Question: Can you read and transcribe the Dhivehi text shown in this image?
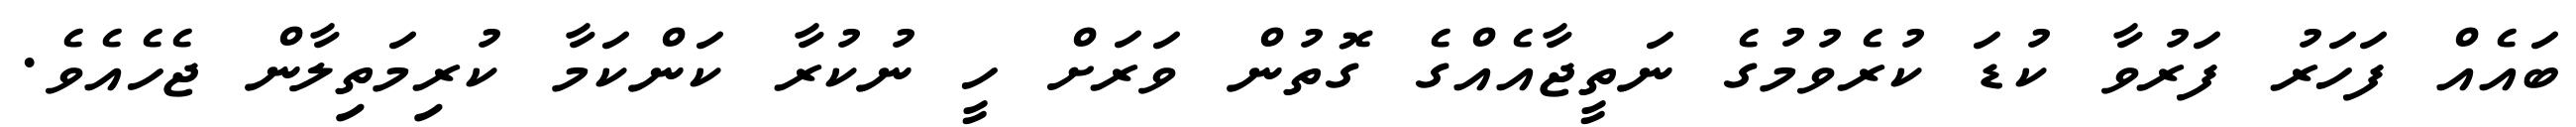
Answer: ބައެއް ފަހަރު ފަރުވާ ކުޑަ ކުރެވުމުގެ ނަތީޖާއެއްގެ ގޮތުން ވަރަށް ހީ ނުކުރާ ކަންކަމާ ކުރިމަތިލާން ޖެހެއެވެ.